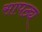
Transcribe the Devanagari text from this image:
सापठ्य